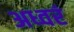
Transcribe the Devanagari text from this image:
अध्वरं